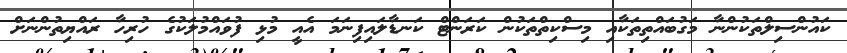
ކައުންސިލްތަކުންނާ މަގުބައްތިތަކާއި މިސްކިތްތަކުން ކަރަންޓް ކަނޑާލައިފިނަމަ އެއީ މުޅި ފުވައްމުލަކުގެ ހުރިހާ ރައްޔިތުންނަށް